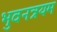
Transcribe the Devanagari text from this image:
भुवनत्रयम